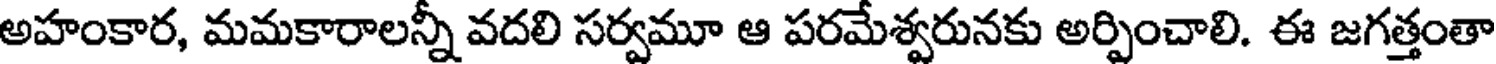
అహంకార, మమకారాలన్నీ వదలి సర్వమూ ఆ పరమేశ్వరునకు అర్పించాలి. ఈ జగత్తంతా